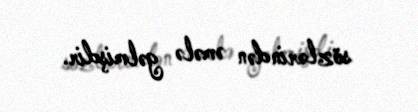
sözlərindən əmələ gəlmişdir.